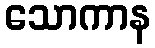
သောကာန